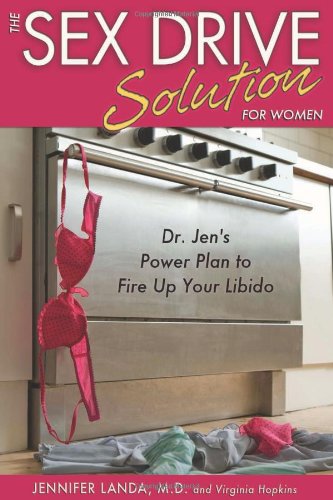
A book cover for The Sex Drive Solution for Women: Dr. Jen's Power Plan to Fire Up Your Libido; Jennifer Landa  M.D.; Health, Fitness & Dieting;